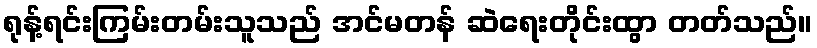
ရုန့်ရင်းကြမ်းတမ်းသူသည် အင်မတန် ဆဲရေးတိုင်းထွာ တတ်သည်။